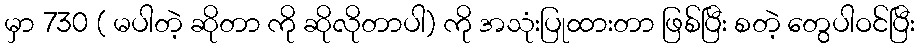
မှာ 730 ( မပါတဲ့ ဆိုတာ ကို ဆိုလိုတာပါ) ကို အသုံးပြုထားတာ ဖြစ်ပြီး စတဲ့ တွေပါဝင်ပြီး